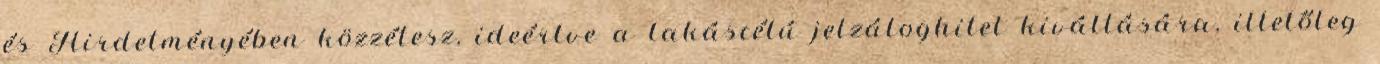
és Hirdetményében közzétesz, ideértve a lakáscélú jelzáloghitel kiváltására, illetőleg